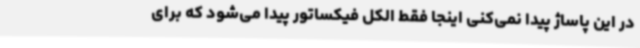
در این پاساژ پیدا نمی‌کنی اینجا فقط الکل فیکساتور پیدا می‌شود که برای